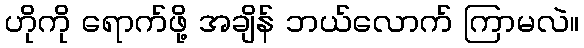
ဟိုကို ရောက်ဖို့ အချိန် ဘယ်လောက် ကြာမလဲ။